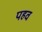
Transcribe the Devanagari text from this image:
पहव